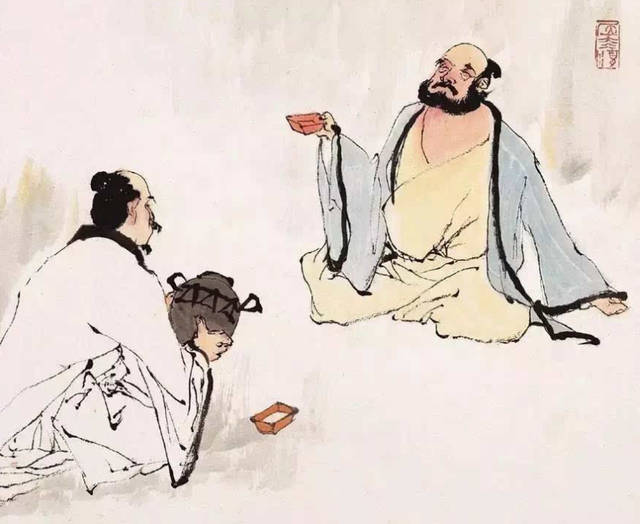
莫辞盏酒十分劝，只恐风花一片飞。